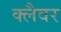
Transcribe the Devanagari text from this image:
क्लैवर